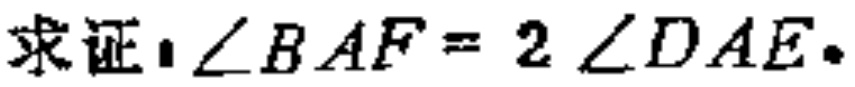
求证：$\angle BAF = 2\angle DAE$。